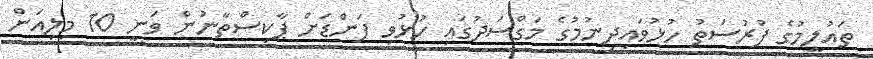
ތައުލީމުގެ ފުރުސަތު ހުޅުވައިދިނުމުގެ މަގްސަދުގައި ހުޅުވި ފަންޑަށް ޕާކިސްތާނުން ވަނީ 10 މިލިއަން